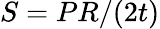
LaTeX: S=PR/(2t)